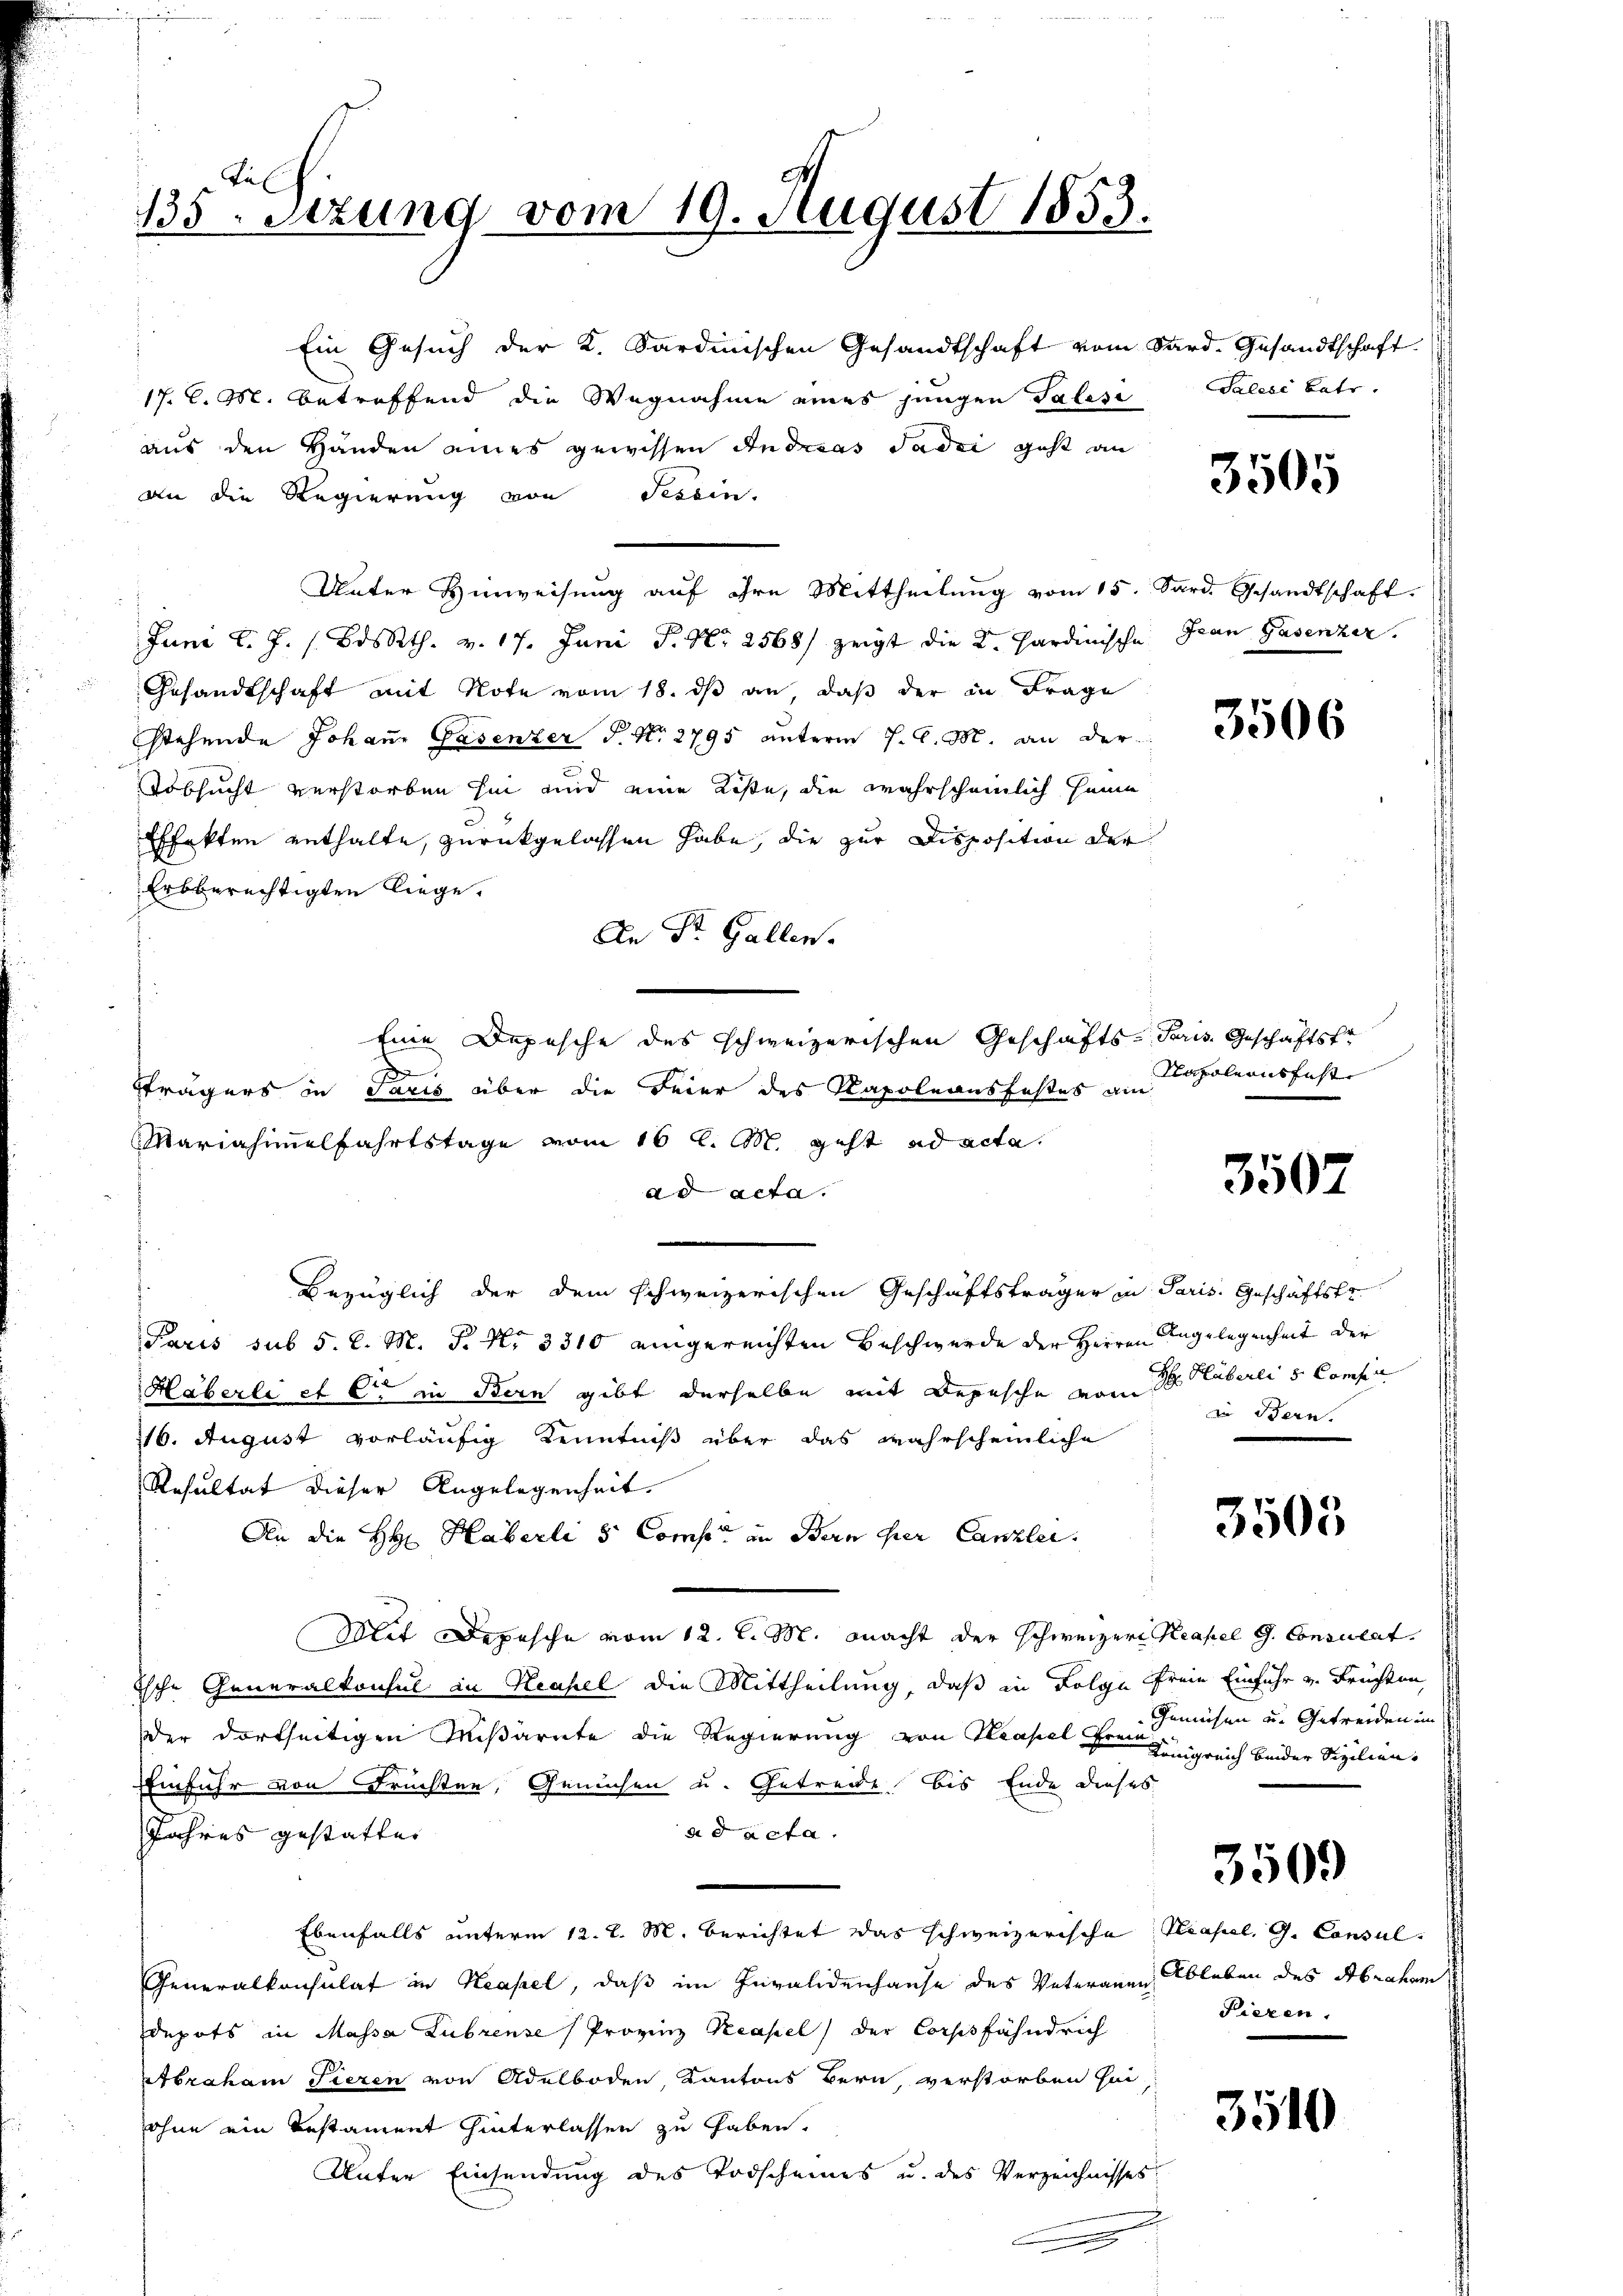
135. Sizung vom 19. August 1853.

Ein Gesuch der K. Sardinischen Gesandtschaft vom Sard. Gesandtschaft.
17. C. M. betreffend die Wegnahme eines jungen Talesi
aus den Händen eines gewissen Andreas dadei geht an
an die Regierung von Tessin.
Unter Hinweisung auf ihre Mittheilung vom 15. Sard. Gesandtschaft.
Juni l. J. s. Bossth. v. 17. Juni P. Nr. 2568) zeigt die K. Sardinische Gran Gasenzer.
Gesandtschaft mit Note vom 18. dß an, daß der in Frage
stehende Johann Gasenzer P. Nr. 2795 unterm 7. d. M. an der
Tobsucht verstorben hin und eine Kiste, die wahrscheinlich heim
Effekten enthalte, zurückgelassen habe, die zur Disposition der
Erbberechtigten liege.
An Dr. Gallen.
Eine Depesche des schweizerischen Geschäfts Paris Geschäftste
d
fträgers in Paris über die Feier des Kapoleansfestes am
Mariahimmelfahrtstage vom 16 l. M. geht ad acta.
ad acta.
Bezüglich der dem schweizerischen Geschäftsträger in Paris. Geschäftsfr.
Paris sub 5. l. M. P. Nr. 3310 eingereichten Beschwerde der Herren Angelegenheit der
Häberli et C in Bern gibt derselbe mit Depesche vom 3te Stuberli v. Compa
116. August vorläufig Kenntniß über das wahrscheinliche
Resultat dieser Angelegenheit.
An die HH Haberli 5 Coms, in Bern her Canzlei.
Mit Depesche vom 12. l. M. macht der Schweizere Reapel G. Consulat
Tsche Generalkonsul in Neapel die Mittheilung, daß in Folge freie Einfuhr v. Früchten,
der dortseitigen Mißärnte die Regierung von Ileapel Freu
Einfuhr von Früchten, Gemühen u. Getreide bis Ende dieses
ad acta.
Jahres gestatten
Ebenfalls unterm 12. d. M. Berichtet das schweizerische Hasel, G. Consul¬
Generalkonsulat in Neapel, daß im Invalidenhause des Vaterauen Ableben des Abraham
Depots in Massa Lubrense (Provinz Reapel der Corssfähndrich
Abraham Tieren von Adelboden Kantons Bern, verstorben sei
sohne ein Testament hinterlassen zu haben.
Unter Einsendung des Todscheines u. des Verzeichnisses

Palere betr.

3505

Napoleons fast

3507

in Bern.

3505

Gemüsen u. Getreiden im
Königreich beider Sizilien.

3509

Liezen.

3510